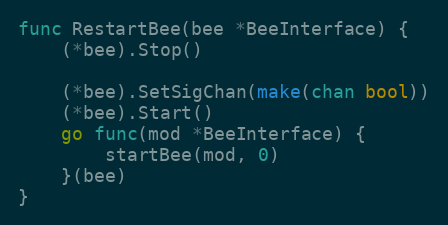
Language: Go
func RestartBee(bee *BeeInterface) {
	(*bee).Stop()

	(*bee).SetSigChan(make(chan bool))
	(*bee).Start()
	go func(mod *BeeInterface) {
		startBee(mod, 0)
	}(bee)
}